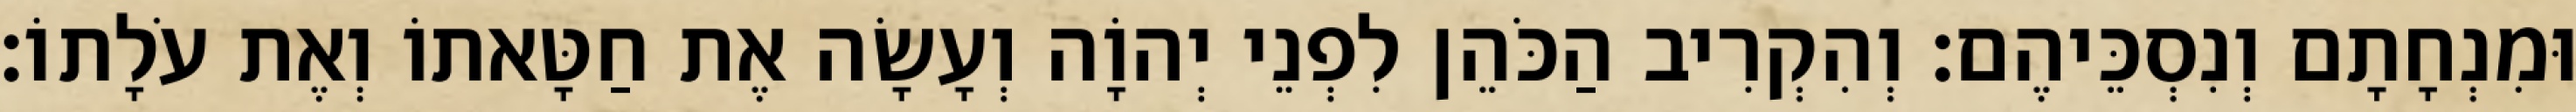
וּמִנְחָתָם וְנִסְכֵּיהֶם׃ וְהִקְרִיב הַכֹּהֵן לִפְנֵי יְהוָֹה וְעָשָׂה אֶת חַטָּאתוֹ וְאֶת עֹלָתוֹ׃